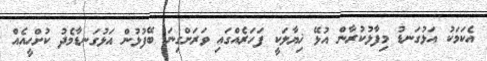
އެކަމަކު އަޅުގަނޑު މިފާޅުކުރާން އުޅޭ ޚިޔާލަކީ ފަހަރެއްގައި ވަރަށްގިނަ ބޭފުޅުން އަޅުގަނޑާމެދު ކުށްހީއެއް